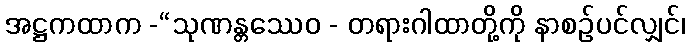
အဋ္ဌကထာက -“သုဏန္တဿေဝ - တရားဂါထာတို့ကို နာစဉ်ပင်လျှင်၊